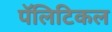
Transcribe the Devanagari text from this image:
पॅलिटिकल